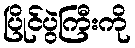
ပြိုင်ပွဲကြီးကို